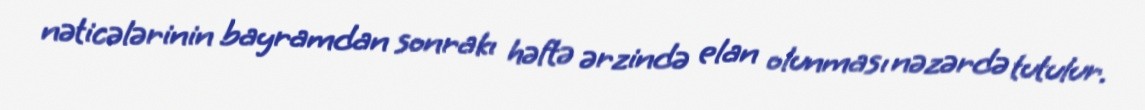
nəticələrinin bayramdan sonrakı həftə ərzində elan olunması nəzərdə tutulur.